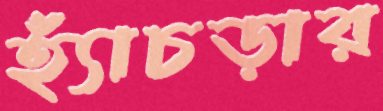
হ্যাঁচড়ার